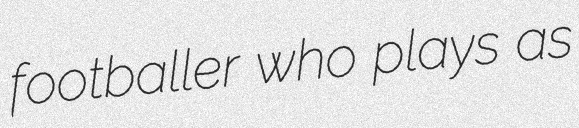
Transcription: footballer who plays as